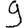
Digit: 9